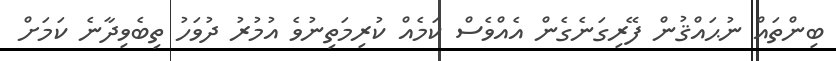
ބިންތައް ނުޙައްޤުން ފޭރިގަނެގެން އެއްވެސް ކަމެއް ކުރިމަތިނުވެ އުމުރު ދުވަހު ތިބެވިދާނެ ކަމަށް